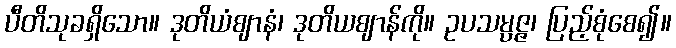
ပီတိသုခရှိသော။ ဒုတိယံဈာနံ၊ ဒုတိယဈာန်ကို။ ဥပသမ္ပဇ္ဇ၊ ပြည့်စုံစေ၍။